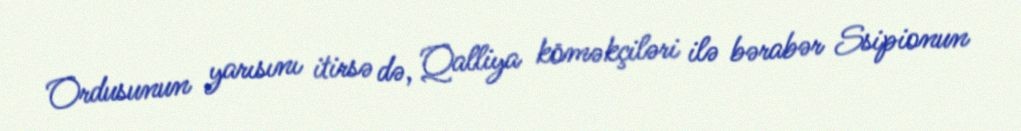
Ordusunun yarısını itirsə də, Qalliya köməkçiləri ilə bərabər Ssipionun